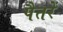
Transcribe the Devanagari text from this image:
पैतरें